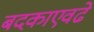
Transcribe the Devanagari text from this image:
बदकाएवढे